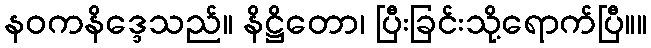
နဝကနိဒ္ဒေသည်။ နိဋ္ဌိတော၊ ပြီးခြင်းသို့ရောက်ပြီ။။